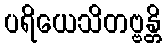
ပရိယေသိတဗ္ဗန္တိ